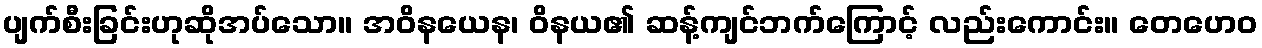
ပျက်စီးခြင်းဟုဆိုအပ်သော။ အဝိနယေန၊ ဝိနယ၏ ဆန့်ကျင်ဘက်ကြောင့် လည်းကောင်း။ တေဟေဝ